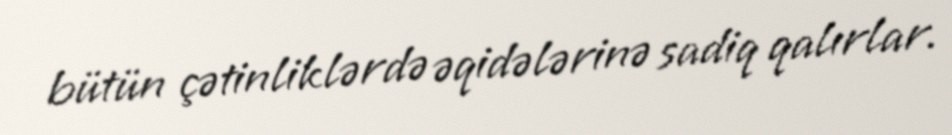
bütün çətinliklərdə əqidələrinə sadiq qalırlar.